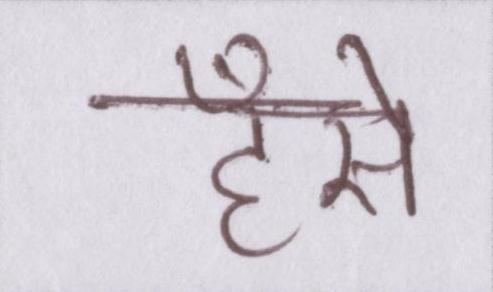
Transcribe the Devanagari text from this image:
हँसे